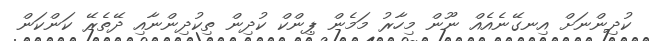
ކުދިންނަށް އިނގޭނެއެއް ނޫން މިހާރު މަމެން ޕިންކް ކުދިން ތިކުދިންނާއި ދޭތެރޭ ކަންކަން